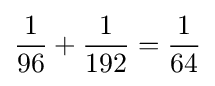
{\frac {1}{96}}+{\frac {1}{192}}={\frac {1}{64}}